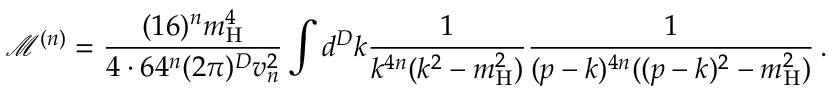
\mathcal { M } ^ { ( n ) } = \frac { ( 1 6 ) ^ { n } m _ { \mathrm { H } } ^ { 4 } } { 4 \cdot 6 4 ^ { n } ( 2 \pi ) ^ { D } v _ { n } ^ { 2 } } \int d ^ { D } k \frac { 1 } { k ^ { 4 n } ( k ^ { 2 } - m _ { \mathrm { H } } ^ { 2 } ) } \frac { 1 } { ( p - k ) ^ { 4 n } ( ( p - k ) ^ { 2 } - m _ { \mathrm { H } } ^ { 2 } ) } \, .